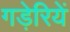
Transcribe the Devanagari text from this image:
गड़ेरियें